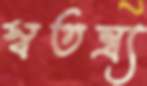
স্বতন্ত্র্য